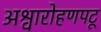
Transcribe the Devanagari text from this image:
अश्वारोहणपटू